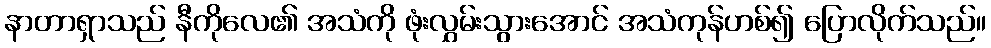
နာတာရှာသည် နီကိုလေ၏ အသံကို ဖုံးလွှမ်းသွားအောင် အသံကုန်ဟစ်၍ ပြောလိုက်သည်။